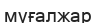
мүғалжар